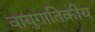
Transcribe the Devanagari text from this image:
वायुगातिकीय